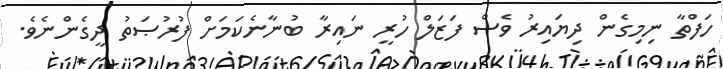
ހަފްތާ ނިމިގެން ދިޔައިރު ވެސް ފަޒަލް ހުރީ ނައިރާ ބުނާނެކަމަށް ފުރުޞަތު ދީގެންނެވެ.